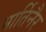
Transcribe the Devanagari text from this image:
मार्तिनैर